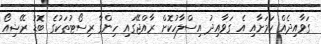
ގަވާއިދެއް ކަމަށާއި އެ ގަވާއިދު އިސްލާހުކޮށް ރާއްޖޭގައި ހިންގާ ރިސޯޓުތަކުގެ ބޮޑު ރޭޝިއޯ